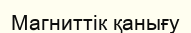
Магниттік қанығу